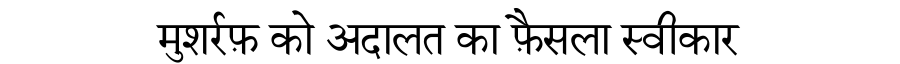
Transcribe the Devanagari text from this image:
मुशर्रफ़ को अदालत का फ़ैसला स्वीकार